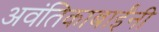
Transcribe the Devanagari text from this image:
अवंतिकाबाईंनी